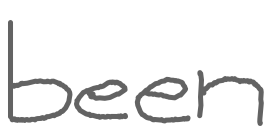
Text: been
Cross-out: clean
Writing tool: digital_gray